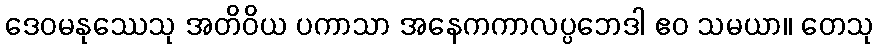
ဒေဝမနုဿေသု အတိဝိယ ပကာသာ အနေကကာလပ္ပဘေဒါ ဧဝ သမယာ။ တေသု